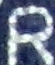
R